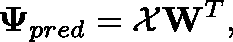
\mathbf { \Psi } _ { p r e d } = \mathcal { X } \mathbf { W } ^ { T } ,